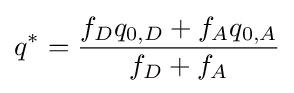
q^{*}={\frac {f_{D}q_{0,D}+f_{A}q_{0,A}}{f_{D}+f_{A}}}